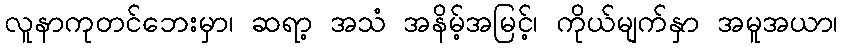
လူနာကုတင်ဘေးမှာ၊ ဆရာ့ အသံ အနိမ့်အမြင့်၊ ကိုယ်မျက်နှာ အမူအယာ၊